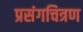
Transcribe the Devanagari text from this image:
प्रसंगचित्रण